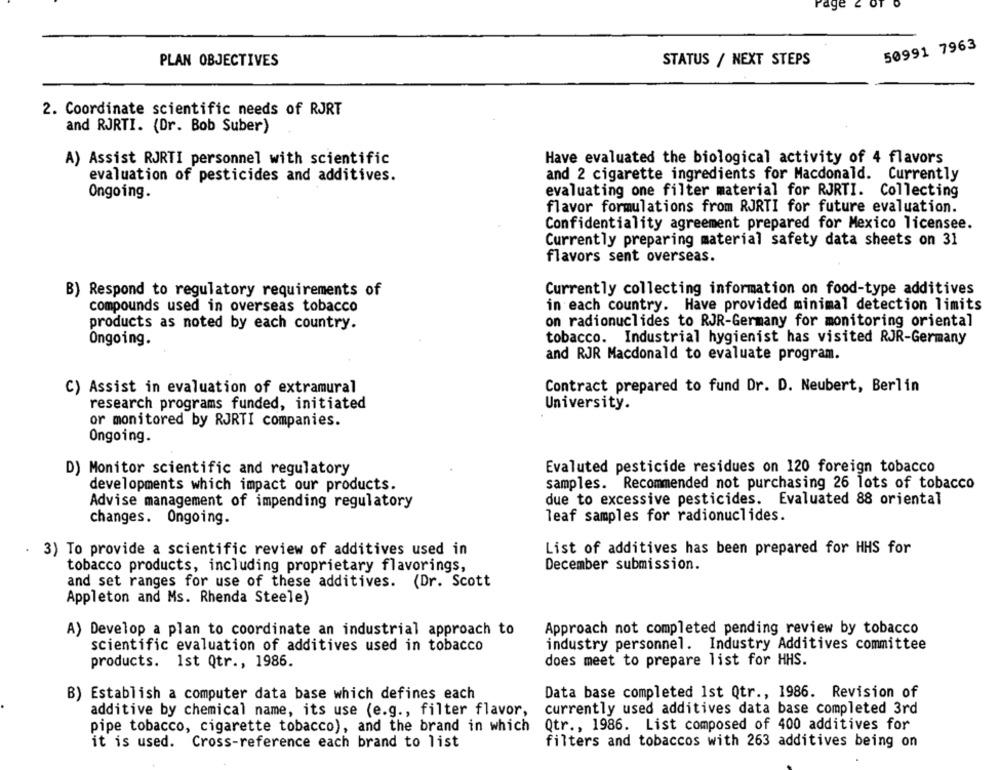
rage
50991 7963
STATUS / NEXT STEPS
PLAN OBJECTIVES
2. Coordinate scientific needs of RJRT
and RJRTI. (Dr. Bob Suber)
A) Assist RJRTI personnel with scientific
Have evaluated the biological activity of 4 flavors
evaluation of pesticides and additives.
and 2 cigarette ingredients for Macdonald. Currently
evaluating one filter material for RJRTI. Collecting
Ongoing.
flavor formulations from RJRTI for future evaluation.
Confidentiality agreement prepared for Mexico licensee.
Currently preparing material safety data sheets on 31
flavors sent overseas.
B) Respond to regulatory requirements of
Currently collecting information on food-type additives
compounds used in overseas tobacco
in each country. Have provided minimal detection limits
on radionuclides to RJR-Germany for monitoring oriental
products as noted by each country.
tobacco. Industrial hygienist has visited RJR-Germany
Ongoing.
and RJR Macdonald to evaluate program.
C) Assist in evaluation of extramural
Contract prepared to fund Dr. D. Neubert, Berlin
research programs funded, initiated
University.
or monitored by RJRTI companies.
Ongoing.
Evaluted pesticide residues on 120 foreign tobacco
D) Monitor scientific and regulatory
samples. Recommended not purchasing 26 lots of tobacco
developments which impact our products.
due to excessive pesticides. Evaluated 88 oriental
Advise management of impending regulatory
leaf samples for radionuclides.
changes. Ongoing.
3) To provide a scientific review of additives used in
List of additives has been prepared for HHS for
tobacco products, including proprietary flavorings,
December submission.
and set ranges for use of these additives. (Dr. Scott
Appleton and Ms. Rhenda Steele)
A) Develop a plan to coordinate an industrial approach to
Approach not completed pending review by tobacco
scientific evaluation of additives used in tobacco
industry personnel. Industry Additives committee
does meet to prepare list for HHS.
products. 1st Qtr ., 1986.
B) Establish a computer data base which defines each
Data base completed 1st Qtr ., 1986. Revision of
additive by chemical name, its use (e.g ., filter flavor,
currently used additives data base completed 3rd
pipe tobacco, cigarette tobacco), and the brand in which
Qtr ., 1986. List composed of 400 additives for
it is used. Cross-reference each brand to list
filters and tobaccos with 263 additives being on